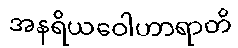
အနရိယဝေါဟာရာတိ